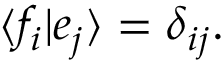
\langle f _ { i } | e _ { j } \rangle = \delta _ { i j } .